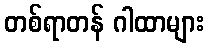
တစ်ရာတန် ဂါထာများ